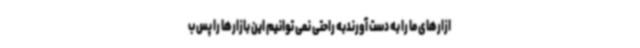
ازارهای ما را به دست آورندبه راحتی نمی توانیم این بازارها را پس ب